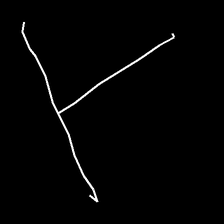
Glyph: column